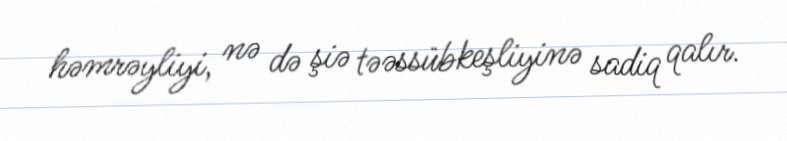
həmrəyliyi, nə də şiə təəssübkeşliyinə sadiq qalır.